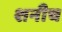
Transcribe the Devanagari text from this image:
शनीच